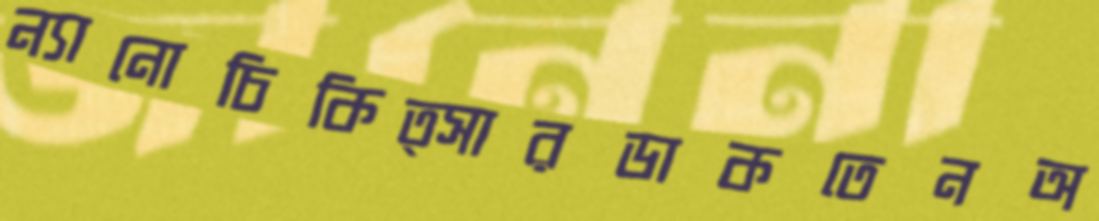
ন্যানোচিকিত্সারডাকতেনঅ